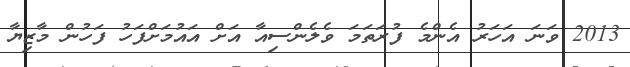
2013 ވަނަ އަހަރު އެންމެ ފުރަތަމަ ވެލެންސިއާ އަށް އައުމަށްފަހު ފަހުން މާޒިޔާ